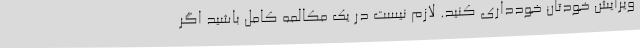
ویرایش خودتان خودداری کنید. لازم نیست در یک مکالمه کامل باشید اگر